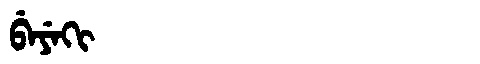
Manchu: ᠪᡝᠶᡝᡴᡳ
Romanization: BEYEKI